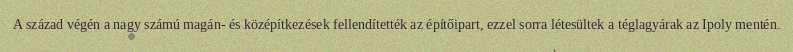
A század végén a nagy számú magán- és középítkezések fellendítették az építőipart, ezzel sorra létesültek a téglagyárak az Ipoly mentén.